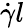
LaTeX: \dot{\gamma}l